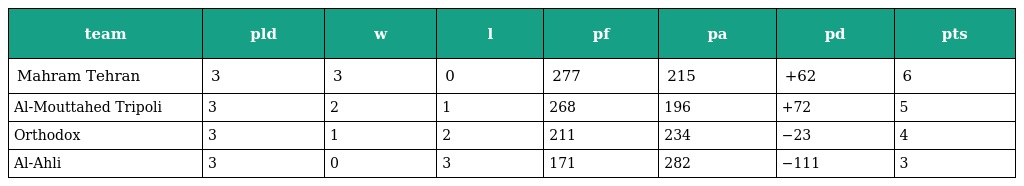
| team | pld | w | l | pf | pa | pd | pts |
 | --- | --- | --- | --- | --- | --- | --- | --- |
 | Mahram Tehran | 3 | 3 | 0 | 277 | 215 | +62 | 6 |
 | Al-Mouttahed Tripoli | 3 | 2 | 1 | 268 | 196 | +72 | 5 |
 | Orthodox | 3 | 1 | 2 | 211 | 234 | −23 | 4 |
 | Al-Ahli | 3 | 0 | 3 | 171 | 282 | −111 | 3 |